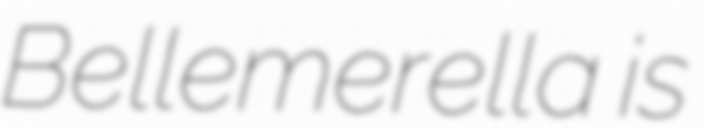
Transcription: Bellemerella is